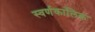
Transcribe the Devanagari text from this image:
स्वर्णकालिक